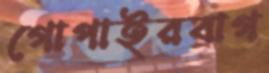
গোপাইরবাগ